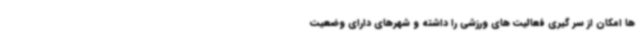
ها امکان از سر گیری فعالیت های ورزشی را داشته و شهرهای دارای وضعیت